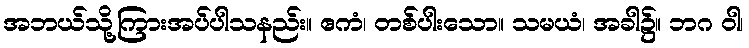
အဘယ်သို့ကြားအပ်ပါသနည်း။ ဧကံ၊ တစ်ပါးသော။ သမယံ၊ အခါ၌။ ဘဂ ဝါ၊